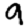
Digit: 9